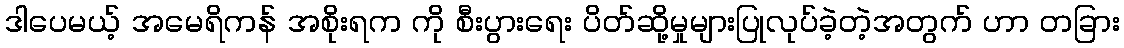
ဒါပေမယ့် အမေရိကန် အစိုးရက ကို စီးပွားရေး ပိတ်ဆို့မှုများပြုလုပ်ခဲ့တဲ့အတွက် ဟာ တခြား